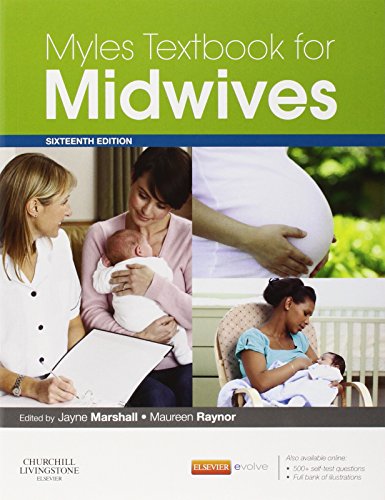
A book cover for Myles Textbook for Midwives, 16e; Medical Books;